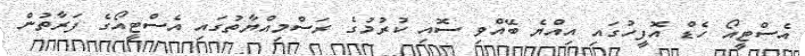
އެސްޓީއޯ ހެޑް އޮފީހުގައި އިއްޔެ ބޭއްވި ސޮއި ކުރުމުގެ ރަަސްމިއްޔާތުގައި އެސްޓީއޯގެ ފަރާތުން